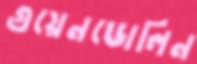
গুয়েনডোলিন